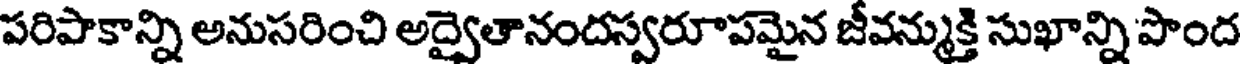
పరిపాకాన్ని అనుసరించి అద్వైతానందస్వరూపమైన జీవన్ముక్తి సుఖాన్ని పొంద